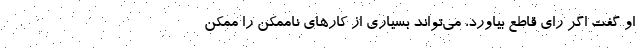
او گفت اگر رای قاطع بیاورد، می‌تواند بسیاری از کارهای ناممکن را ممکن